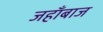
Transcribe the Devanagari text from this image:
जहाँबाज